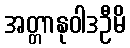
အတ္တာနုဝါဒဦမိ